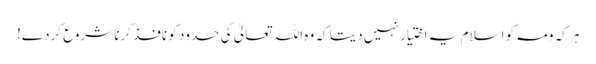
ہر کہ ومہ کو اسلام یہ اختیار نہیں دیتا کہ وہ اللہ تعالیٰ کی حدود کو نافذ کرنا شروع کردے!